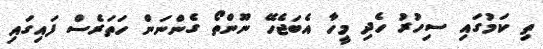
ތި ކަމުގައި ސިހުރު ހެދި މީހާ އެބަޖެހޭ ނޫންތޯ ގެންނަން ހަތަރެސް ފައިގައި